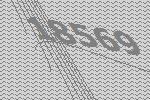
18569